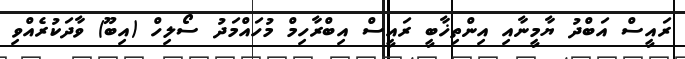
ރައީސް އަބްދު ޔާމީނާއި އިންތިޚާބީ ރައީސް އިބްރާހިމް މުހައްމަދު ސޯލިހް (އިބޫ) ވާދަކުރެއްވި